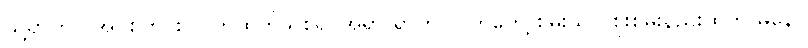
သို့ရာတွင် အိုင်စတိုင်း လက်ထက်မှ စ၍ အရာ ရာကို လက်တွေ့ စမ်းသပ် စူးစမ်းနည်းထက် မနော